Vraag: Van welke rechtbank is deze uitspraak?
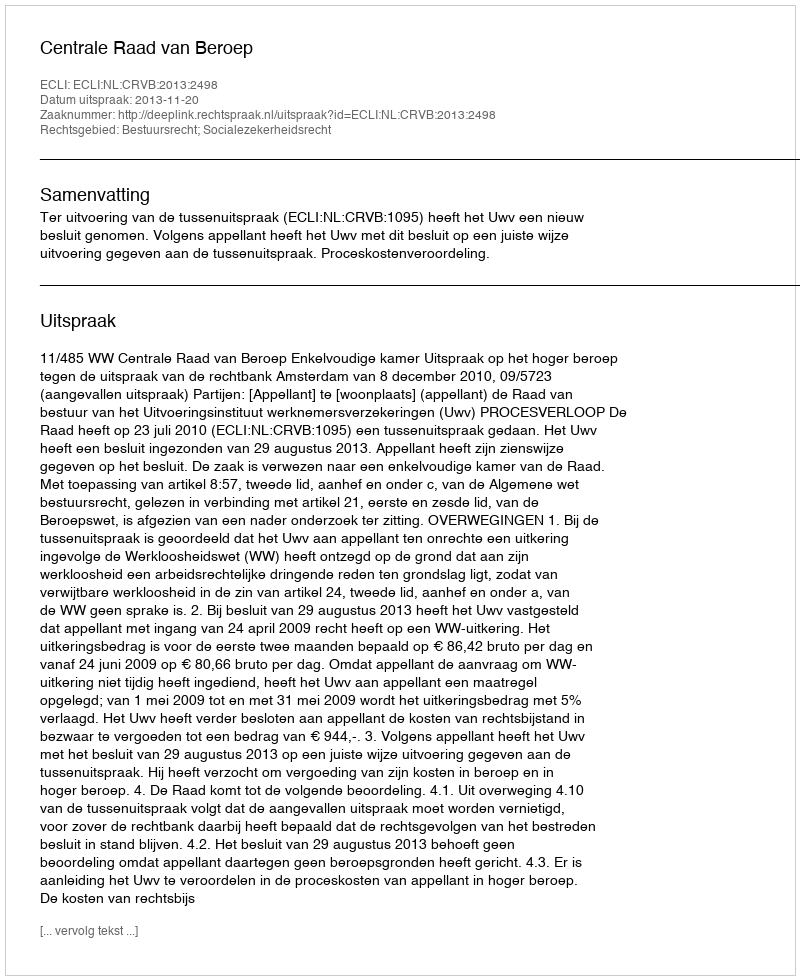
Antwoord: Centrale Raad van Beroep